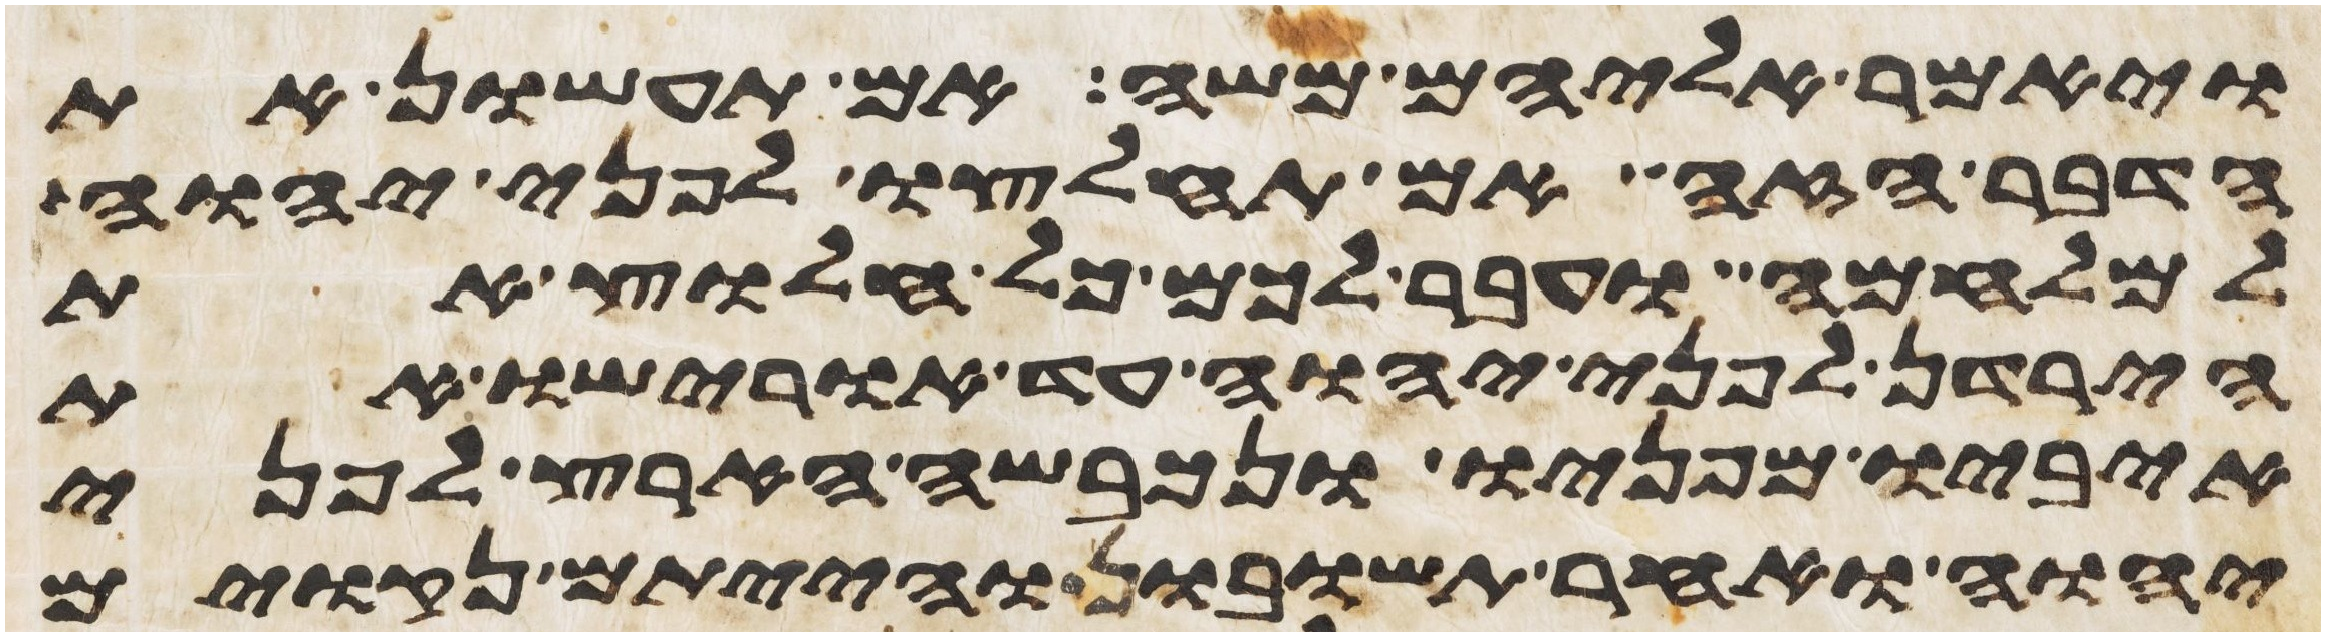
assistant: ויאמר אליהם משה אם תעשון את
הדבר הזה ואם תחלצו לפני יהוה
למלחמה ועבר לכם כל חלוץ את
הירדן לפני יהוה עד אורישו את
איביו מפניו ונכבשה הארץ לפני
יהוה ואחר תשובון והייתם נקואים